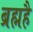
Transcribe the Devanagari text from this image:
ब्रह्महै